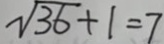
\sqrt { 3 6 } + 1 = 7